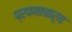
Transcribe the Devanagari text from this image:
प्रपणाचार्य